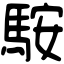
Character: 𩣑